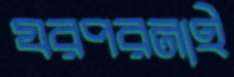
যরপরনাই